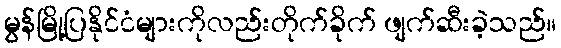
မွန်မြို့ပြနိုင်ငံများကိုလည်းတိုက်ခိုက် ဖျက်ဆီးခဲ့သည်။